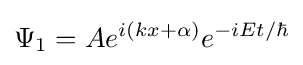
\Psi _{1}=Ae^{i(kx+\alpha )}e^{-i{Et}/{\hbar }}